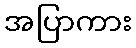
အပြာကား